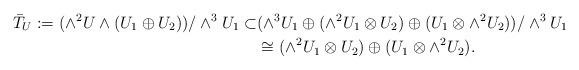
LaTeX: \begin{align*}\bar{T}_U:=(\wedge^2 U\wedge (U_1\oplus U_2))/\wedge^3U_1\subset &(\wedge^3 U_1\oplus (\wedge^2 U_1\otimes U_2)\oplus ( U_1\otimes \wedge^2 U_2))/\wedge^3U_1\\&\cong(\wedge^2 U_1\otimes U_2)\oplus ( U_1\otimes \wedge^2 U_2).\end{align*}